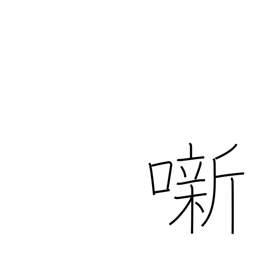
Meaning: (kokuji)